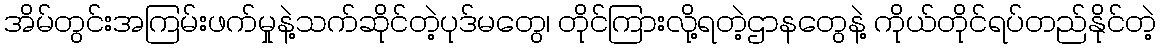
အိမ်တွင်းအကြမ်းဖက်မှုနဲ့သက်ဆိုင်တဲ့ပုဒ်မတွေ၊ တိုင်ကြားလို့ရတဲ့ဌာနတွေနဲ့ ကိုယ်တိုင်ရပ်တည်နိုင်တဲ့